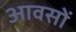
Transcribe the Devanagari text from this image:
आवसों